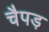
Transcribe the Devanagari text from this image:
चैपड़